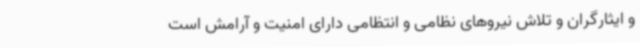
و ایثارگران و تلاش نیروهای نظامی و انتظامی دارای امنیت و آرامش است